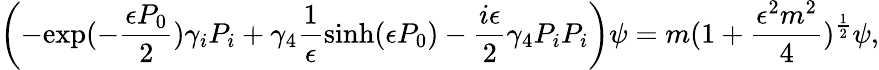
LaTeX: \left(-{\mathrm{exp}}(-\frac{\epsilon P_{0}}{2})\gamma_{i}P_{i}+\gamma_{4}\frac{1}{\epsilon}\sinh(\epsilon P_{0})-\frac{i\epsilon}{2}\gamma_{4}P_{i}P_{i}\right)\psi=m(1+\frac{\epsilon^{2}m^{2}}{4})^{\frac{1}{2}}\psi,